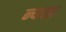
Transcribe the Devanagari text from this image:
न्यसा